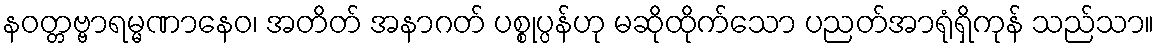
နဝတ္တဗ္ဗာရမ္မဏာနေဝ၊ အတိတ် အနာဂတ် ပစ္စုပ္ပန်ဟု မဆိုထိုက်သော ပညတ်အာရုံရှိကုန် သည်သာ။